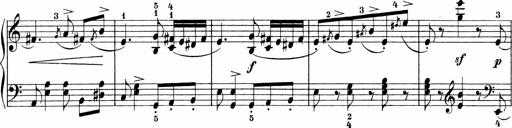
Title: 3 Sonatinas
Composer: Carl Reinecke